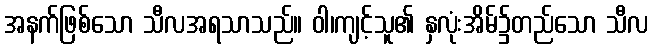
အနက်ဖြစ်သော သီလအရသာသည်။ ဝါ၊ကျင့်သူ၏ နှလုံးအိမ်၌တည်သော သီလ